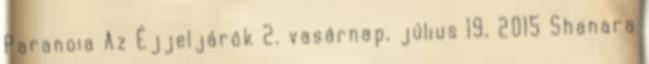
Paranoia Az Éjjeljárók 2. vasárnap, július 19, 2015 Shanara